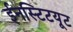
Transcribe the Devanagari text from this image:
ईनस्टिटयूट